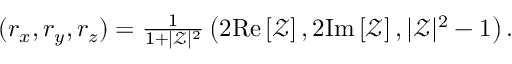
\begin{array} { r } { ( r _ { x } , r _ { y } , r _ { z } ) = \frac { 1 } { 1 + | \mathcal { Z } | ^ { 2 } } \left( 2 \mathrm { R e } \left[ \mathcal { Z } \right] , 2 \mathrm { I m } \left[ \mathcal { Z } \right] , | \mathcal { Z } | ^ { 2 } - 1 \right) . } \end{array}